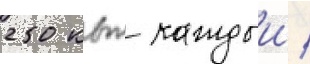
250 квт каждыи /